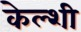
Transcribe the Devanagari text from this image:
केल्शी